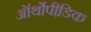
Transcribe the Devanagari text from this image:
ऑर्थोपी़डिक